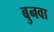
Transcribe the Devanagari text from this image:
बुनवा